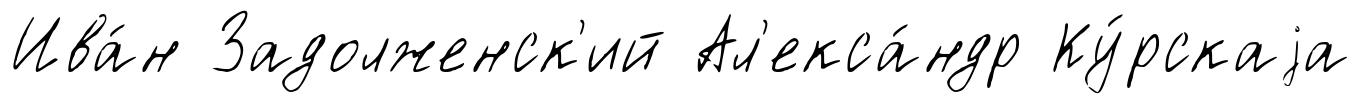
Ива́н Задолженск'ий Ал'екса́ндр Ку́рскаjа